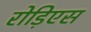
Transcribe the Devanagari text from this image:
रोड़िएस